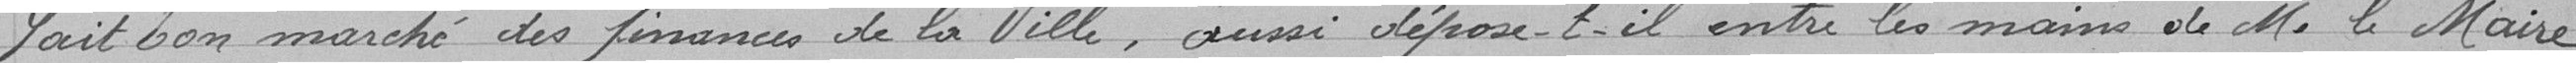
fait bon marché des finances de la Ville, aussi dépose-t-il entre les mains de M. le Maire